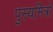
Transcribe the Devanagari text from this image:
पुस्यमित्रो